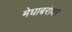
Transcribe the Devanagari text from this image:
मेघाबरोबर